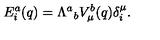
E _ { i } ^ { a } ( q ) = { \Lambda ^ { a } } _ { b } V _ { \mu } ^ { b } ( q ) \delta _ { i } ^ { \mu } .